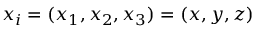
x _ { i } = ( x _ { 1 } , x _ { 2 } , x _ { 3 } ) = ( x , y , z )